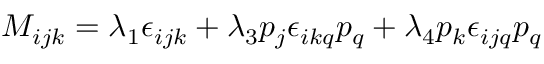
M _ { i j k } = \lambda _ { 1 } \epsilon _ { i j k } + \lambda _ { 3 } p _ { j } \epsilon _ { i k q } p _ { q } + \lambda _ { 4 } p _ { k } \epsilon _ { i j q } p _ { q }